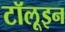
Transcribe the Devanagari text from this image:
टॉलूइन